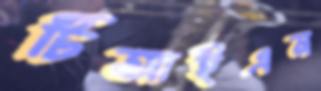
টিআইএন